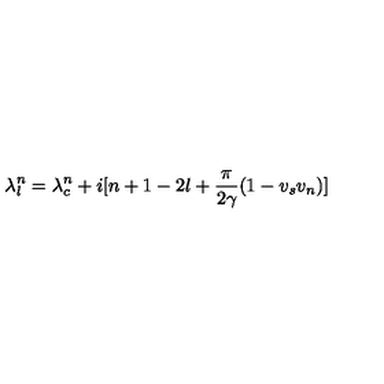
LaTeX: \lambda _ { l } ^ { n } = \lambda _ { c } ^ { n } + i [ n + 1 - 2 l + \frac { \pi } { 2 \gamma } ( 1 - v _ { s } v _ { n } ) ]